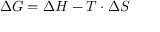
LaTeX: \Delta G = \Delta H - T \cdot \Delta S